Indian journal of veterinary science and animal husbandry - Volume 5,
Year: 1935
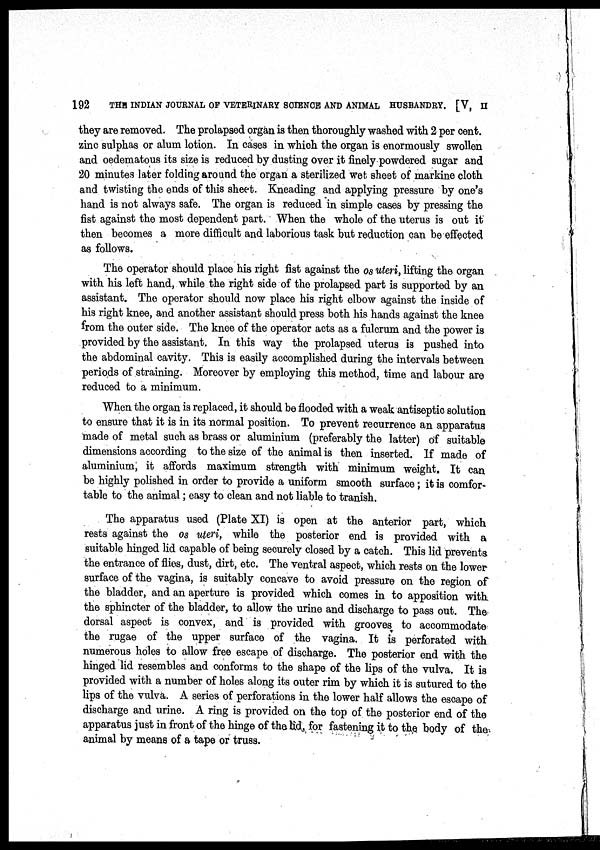
192 THE INDIAN JOURNAL OF VETERINARY SCIENCE AND ANIMAL HUSBANDRY. [V, II
they are removed. The prolapsed organ is then thoroughly washed with 2 per cent.
zinc sulphas or alum lotion. In cases in which the organ is enormously swollen
and oedematous its size is reduced by dusting over it finely powdered sugar and
20 minutes later folding around the organ a sterilized wet, sheet of markine cloth
and twisting the ends of this sheet. Kneading and applying pressure by one's
hand is not always safe. The organ is reduced in simple cases by pressing the
fist against the most dependent part. When the whole of the uterus is out it
then becomes a more difficult and laborious task but reduction can be effected
as follows.
The operator should place his right fist against the os uteri, lifting the organ
with his left hand, while the right side of the prolapsed part is supported by an
assistant. The operator should now place his right elbow against the inside of
his right knee, and another assistant should press both his hands against the knee
from the outer side. The knee of the operator acts as a fulcrum and the power is
provided by the assistant. In this way the prolapsed uterus is pushed into
the abdominal cavity. This is easily accomplished during the intervals between
periods of straining. Moreover by employing this method, time and labour are
reduced to a minimum.
When the organ is replaced, it should be flooded with a weak antiseptic solution
to ensure that it is in its normal position. To prevent recurrence an apparatus
made of metal such as brass or aluminium (preferably the latter) of suitable
dimensions according to the size of the animal is then inserted. If made of
aluminium, it affords maximum strength with minimum weight. It can
be highly polished in order to provide a uniform smooth surface; it is comfor-
table to the animal; easy to clean and not liable to tranish.
The apparatus used (Plate XI) is open at the anterior part, which
rests against the os uteri, while the posterior end is provided with a
suitable hinged lid capable of being securely closed by a catch. This lid prevents
the entrance of flies, dust, dirt, etc. The ventral aspect, which rests on the lower
surface of the vagina, is suitably concave to avoid pressure on the region of
the bladder, and an aperture is provided which comes in to apposition with,
the sphincter of the bladder, to allow the urine and discharge to pass out. The
dorsal aspect is convex, and is provided with grooves to accommodate
the rugae of the upper surface of the vagina. It is perforated with
numerous holes to allow free escape of discharge. The posterior end with the
hinged lid resembles and conforms to the shape of the lips of the vulva. It is
provided with a number of holes along its outer rim by which it is sutured to the
lips of the vulva. A series of perforations in the lower half allows the escape of
discharge and urine. A ring is provided on the top of the posterior end of the
apparatus just in front of the hinge of the lid, for fastening it to the body of the
animal by means of a tape or truss.